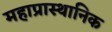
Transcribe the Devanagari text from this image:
महाप्रास्थानिक